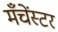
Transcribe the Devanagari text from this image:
मँचेंस्टर